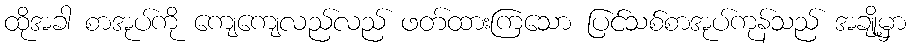
ထိုအခါ စာအုပ်ကို ကျေကျေလည်လည် ဖတ်ထားကြသော ပြင်သစ်စာအုပ်ကုန်သည် အချို့မှာ